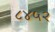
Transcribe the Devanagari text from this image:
८४५२